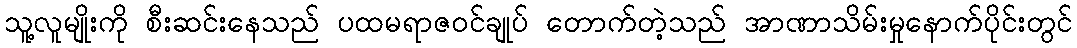
သူ့လူမျိုးကို စီးဆင်းနေသည် ပထမရာဇဝင်ချုပ် တောက်တဲ့သည် အာဏာသိမ်းမှုနောက်ပိုင်းတွင်